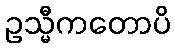
ဥသ္မီကတောပိ